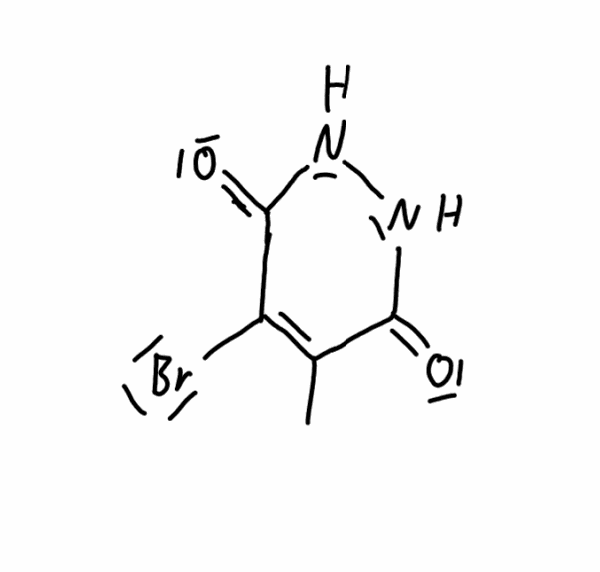
Simplified molecular-input line-entry system (SMILES) notation of the given molecule:
CC1=C(C(=O)NNC1=O)Br